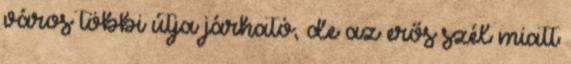
város többi útja járható, de az erős szél miatt